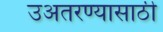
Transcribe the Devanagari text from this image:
उअतरण्यासाठी